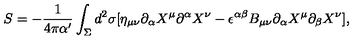
S = - \frac { 1 } { 4 \pi \alpha ^ { \prime } } \int _ { \Sigma } d ^ { 2 } \sigma [ \eta _ { \mu \nu } \partial _ { \alpha } X ^ { \mu } \partial ^ { \alpha } X ^ { \nu } - \epsilon ^ { \alpha \beta } B _ { \mu \nu } \partial _ { \alpha } X ^ { \mu } \partial _ { \beta } X ^ { \nu } ] ,